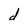
Character: d